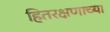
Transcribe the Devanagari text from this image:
हितरक्षणाच्या